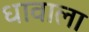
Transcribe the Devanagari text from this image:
धावाला